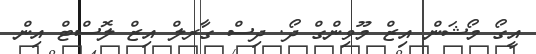
އީގޯ މޯޝަން އިޒް މޫވިންގް ދޯ. ދިސް ގާރލް އިޒް ލޮސްޓް އިން